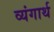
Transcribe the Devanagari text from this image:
व्यंगार्थ